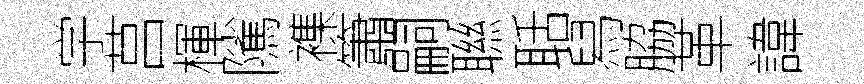
学莒楎隲襍簫嗣聮聒舄脇革諱